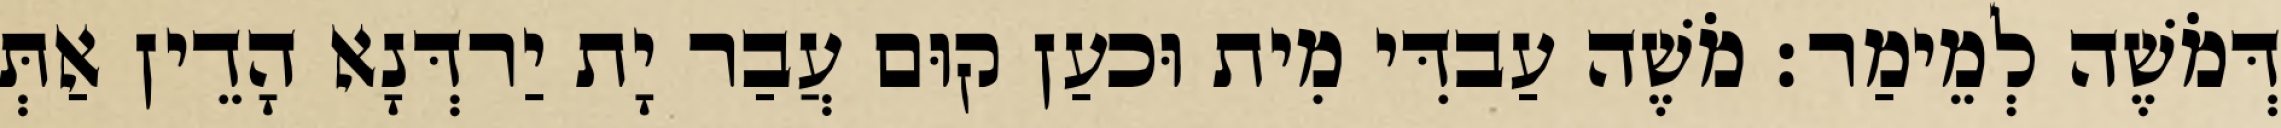
דְּמֹשֶׁה לְמֵימַר׃ מֹשֶׁה עַבדִּי מִית וּכעַן קוּם עֲבַר יָת יַרדְּנָא הָדֵין אַתְּ